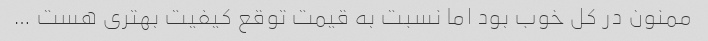
ممنون در کل خوب بود اما نسبت به قیمت توقع کیفیت بهتری هست …